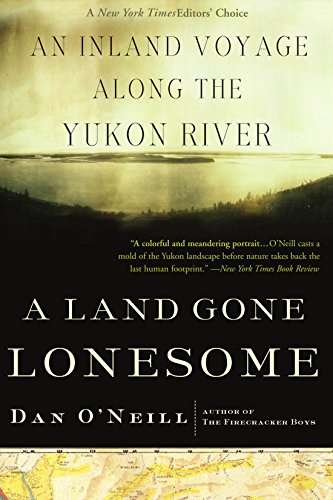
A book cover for A Land Gone Lonesome: An Inland Voyage Along the Yukon River; Dan O'Neill; Travel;